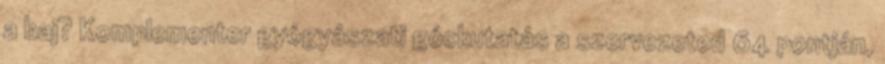
a baj? Komplementer gyógyászati góckutatás a szervezeted 64 pontján,